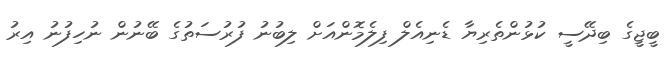
ބީޖީގެ ބިދޭސީ ކުޅުންތެރިޔާ ޑެނިއެލް ފިލެމޮންއަށް ލިބުނު ފުރުސަތުގެ ބޭނުން ނުހިފުނު އިރު